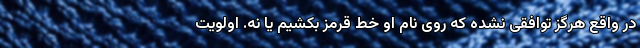
در واقع هرگز توافقی نشده که روی نام او خط قرمز بکشیم یا نه. اولویت